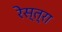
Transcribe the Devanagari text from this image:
रेस्त्रा